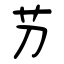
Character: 芀